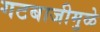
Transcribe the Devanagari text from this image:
गटबाजीमुळे